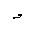
Letter: _waw